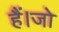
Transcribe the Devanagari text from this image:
हैं।जो